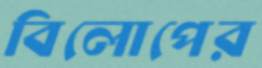
বিলোপের